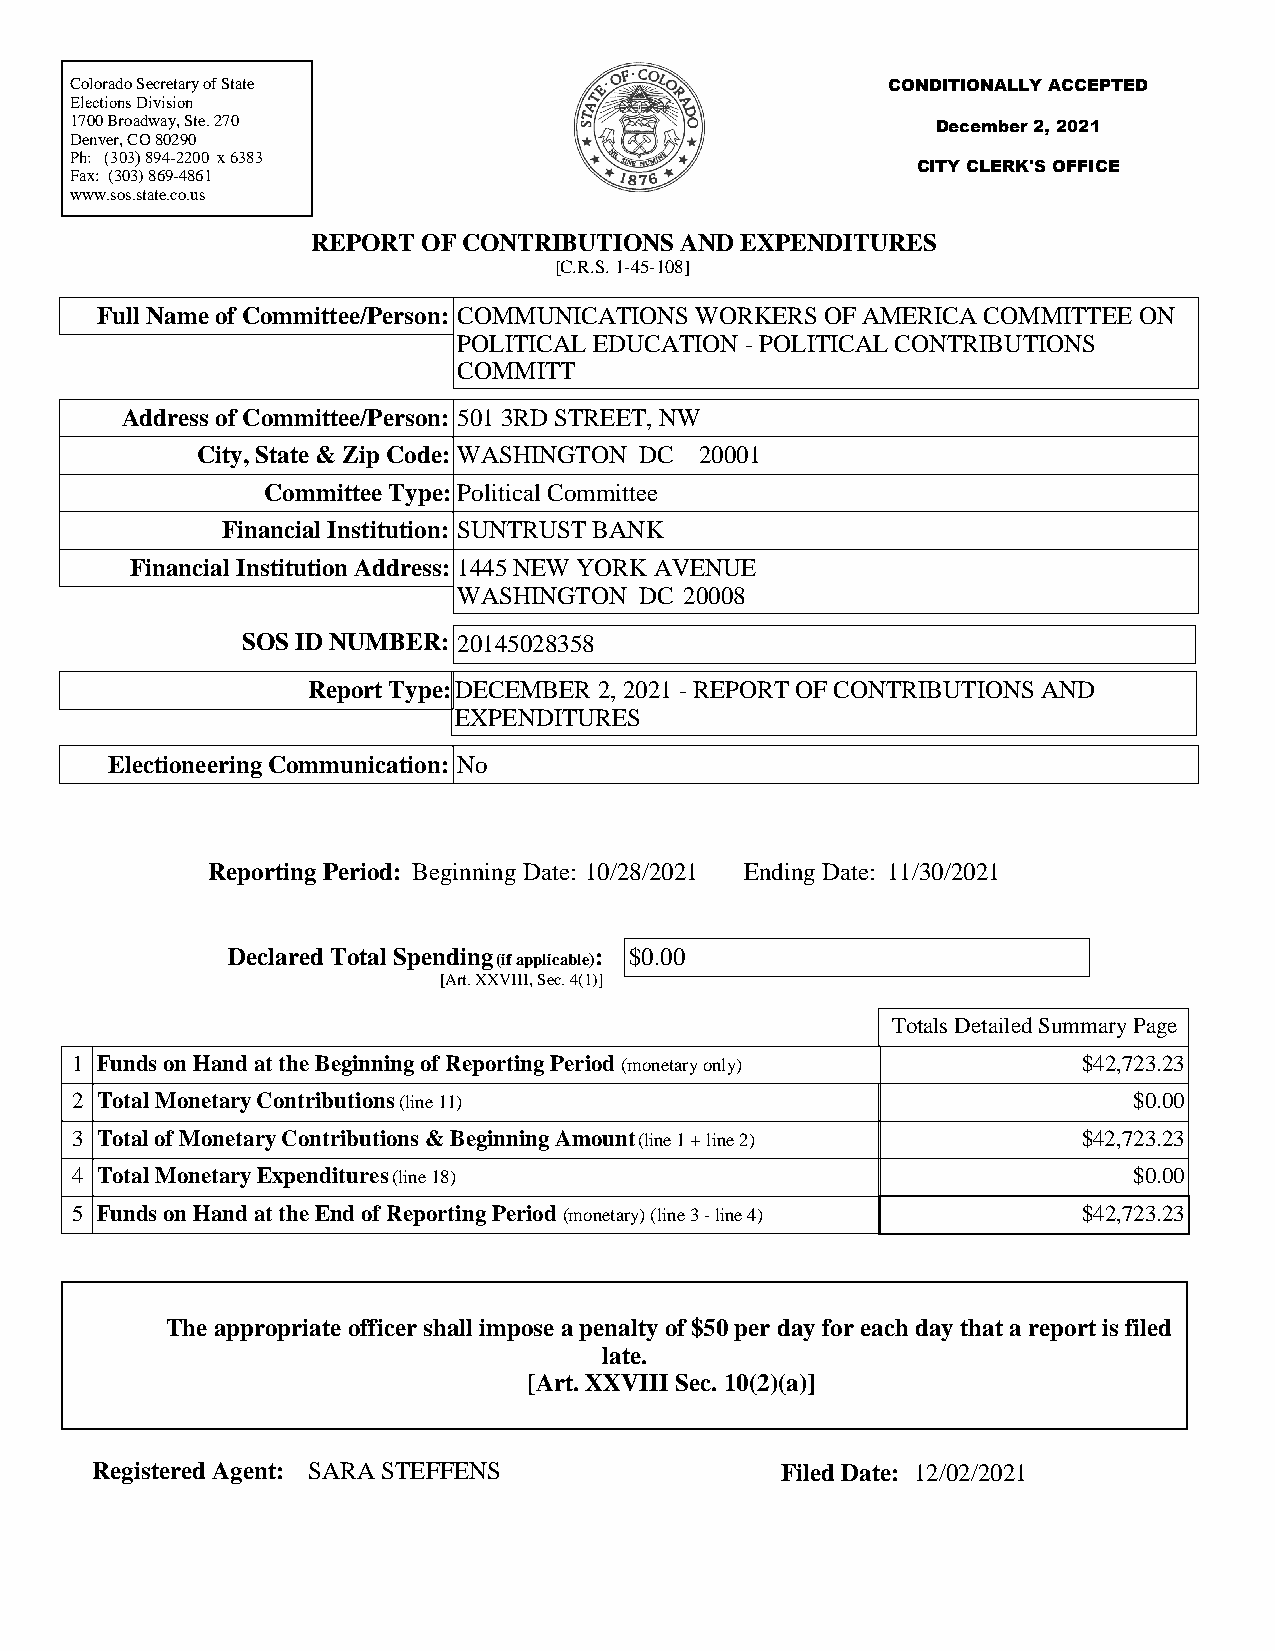
Colorado Secretary of State                           CONDITIONALLY ACCEPTED
 Elections Division
 1700 Broadway, Ste. 270
 December 2, 2021
 Denver, CO 80290
 Ph: (303) 894-2200 x 6383
 CITY CLERK'S OFFICE
 Fax: (303) 869-4861
 www.sos.state.co.us
 REPORT OF CONTRIBUTIONS AND EXPENDITURES
 [C.R.S. 1-45-108]
 Full Name of Committee/Person: COMMUNICATIONS WORKERS OF AMERICA COMMITTEE ON
 POLITICAL EDUCATION - POLITICAL CONTRIBUTIONS
 COMMITT
 Address of Committee/Person: 501 3RD STREET, NW
 City, State & Zip Code: WASHINGTON DC 20001
 Committee Type:Political Committee
 Financial Institution: SUNTRUST BANK
 Financial Institution Address: 1445 NEW YORK AVENUE
 WASHINGTON  DC 20008
 SOS ID NUMBER: 20145028358
 Report Type:DECEMBER 2, 2021 - REPORT OF CONTRIBUTIONS AND
 EXPENDITURES
 Electioneering Communication: No
 Reporting Period: Beginning Date: 10/28/2021 Ending Date: 11/30/2021
 Declared Total Spending :  $0.00
 (if applicable)
 [Art. XXVIII, Sec. 4(1)]
 Totals Detailed Summary Page
 1 Funds on Hand at the Beginning of Reporting Period (monetary only) $42,723.23
 2 Total Monetary Contributions (line 11)                              $0.00
 3 Total of Monetary Contributions & Beginning Amount (line 1 + line 2) $42,723.23
 4 Total Monetary Expenditures (line 18)                               $0.00
 5 Funds on Hand at the End of Reporting Period (monetary) (line 3 - line 4) $42,723.23
 The appropriate officer shall impose a penalty of $50 per day for each day that a report is filed
 late.
 [Art. XXVIII Sec. 10(2)(a)]
 Registered Agent: SARA STEFFENS               Filed Date: 12/02/2021